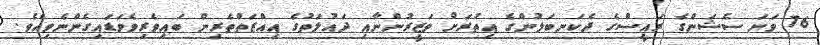
76 ވަނަ ސެޝަންގެ ރައީސްގެ ދެކަނބަލުންގެ އިތުރަށް ވަޒީރުންނާއި ދައުލަތުގެ އިއްޒަތްތެރިން ބައިވެރިވެވަޑައިގެންނެވިއެވެ.